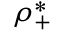
\rho _ { + } ^ { * }